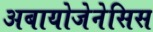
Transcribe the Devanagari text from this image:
अबायोजेनेसिस